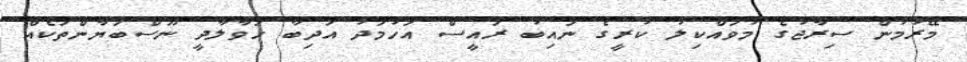
މޭރުމުން ސިރާޖުގެ މުވައްކިލު ކުރީގެ ނައިބު ރައީސް އަހުމަދު އަދިބާ ހަވާލާދީ ނޫސްބަޔާންތަކެއް